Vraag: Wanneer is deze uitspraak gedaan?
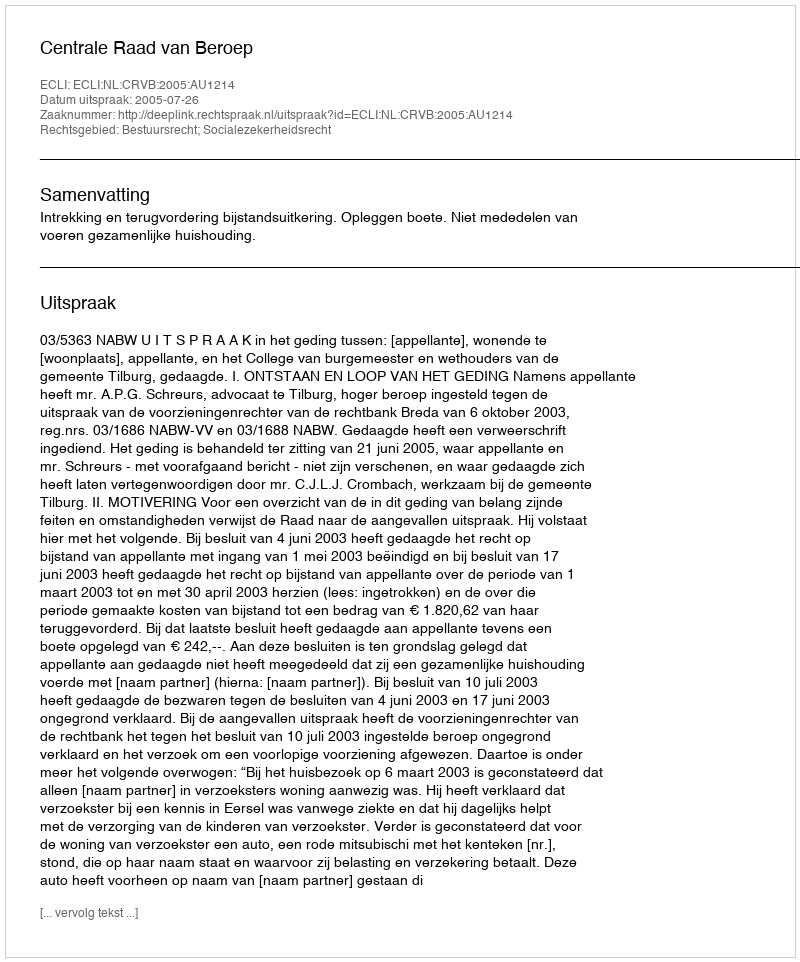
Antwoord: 2005-07-26